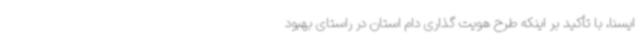
ایسنا، با تأکید بر اینکه طرح هویت گذاری دام استان در راستای بهبود